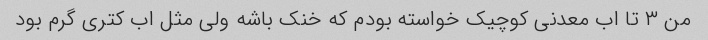
من ۳ تا اب معدنی کوچیک خواسته بودم که خنک باشه ولی مثل اب کتری گرم بود